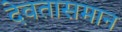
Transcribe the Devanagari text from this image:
देवतासमान